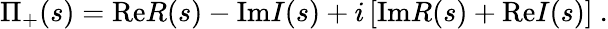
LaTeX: \Pi_{+}(s)=\mathrm{Re}R(s)-\mathrm{Im}I(s)+i\left[\mathrm{Im}R(s)+\mathrm{Re}I(s)\right]\ .